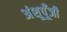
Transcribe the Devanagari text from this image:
अंशूपूँजी